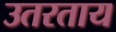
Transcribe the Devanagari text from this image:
उतरताय